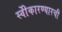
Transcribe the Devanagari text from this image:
स्वीेकारण्यारची